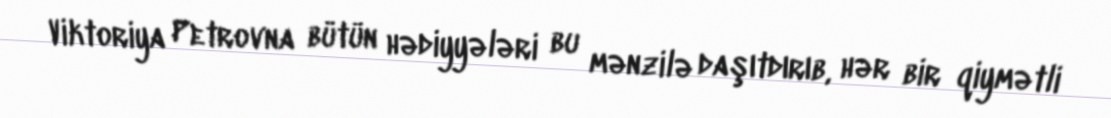
Viktoriya Petrovna bütün hədiyyələri bu mənzilə daşıtdırıb, hər bir qiymətli